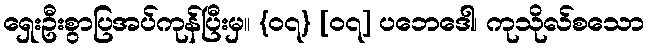
ရှေးဦးစွာပြအပ်ကုန်ပြီးမှ။ {၀၇} [၀၇] ပဘေဒေါ၊ ကုသိုလ်စသော